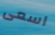
اسعى